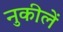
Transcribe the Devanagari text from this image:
नुकीलें